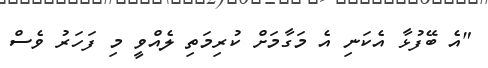
"އެ ބޭފުޅާ އެކަނި އެ މަގާމަށް ކުރިމަތި ލެއްވީ މި ފަހަރު ވެސް